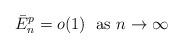
LaTeX: \begin{align*}\bar{E}_{n}^{p}=o(1)\ \ \mbox{as $n\to\infty$}\end{align*}